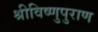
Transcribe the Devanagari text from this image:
श्रीविष्णुपुराण